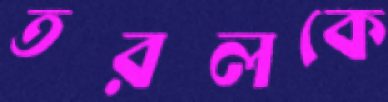
তরলকে